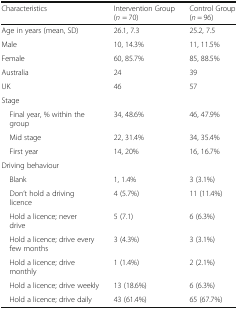
<table><thead><tr><td><b>Characteristics</b></td><td><b>Intervention Group (<i>n</i> = 70)</b></td><td><b>Control Group (<i>n</i> = 96)</b></td></tr></thead><tbody><tr><td>Age in years (mean, SD)</td><td>26.1, 7.3</td><td>25.2, 7.5</td></tr><tr><td>Male</td><td>10, 14.3%</td><td>11, 11.5%</td></tr><tr><td>Female</td><td>60, 85.7%</td><td>85, 88.5%</td></tr><tr><td>Australia</td><td>24</td><td>39</td></tr><tr><td>UK</td><td>46</td><td>57</td></tr><tr><td colspan="3">Stage</td></tr><tr><td> Final year, % within the group</td><td>34, 48.6%</td><td>46, 47.9%</td></tr><tr><td> Mid stage</td><td>22, 31.4%</td><td>34, 35.4%</td></tr><tr><td> First year</td><td>14, 20%</td><td>16, 16.7%</td></tr><tr><td colspan="3">Driving behaviour</td></tr><tr><td> Blank</td><td>1, 1.4%</td><td>3 (3.1%)</td></tr><tr><td> Don’t hold a driving licence</td><td>4 (5.7%)</td><td>11 (11.4%)</td></tr><tr><td> Hold a licence; never drive</td><td>5 (7.1)</td><td>6 (6.3%)</td></tr><tr><td> Hold a licence; drive every few months</td><td>3 (4.3%)</td><td>3 (3.1%)</td></tr><tr><td> Hold a licence; drive monthly</td><td>1 (1.4%)</td><td>2 (2.1%)</td></tr><tr><td> Hold a licence; drive weekly</td><td>13 (18.6%)</td><td>6 (6.3%)</td></tr><tr><td> Hold a licence; drive daily</td><td>43 (61.4%)</td><td>65 (67.7%)</td></tr></tbody></table>